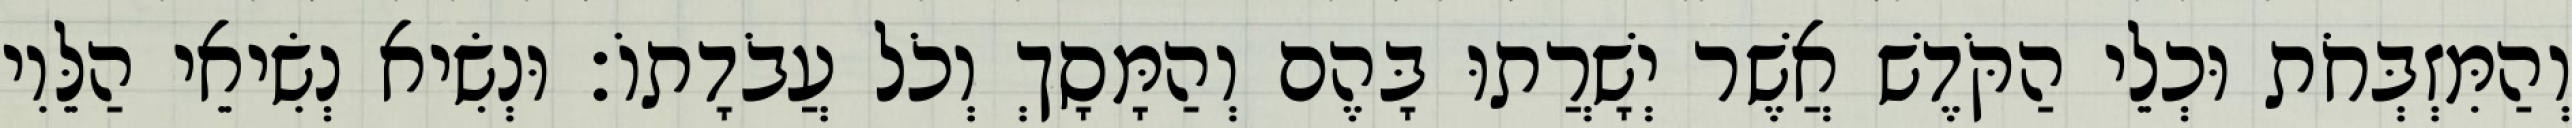
וְהַמִּזְבְּחֹת וּכְלֵי הַקֹּדֶשׁ אֲשֶׁר יְשָׁרֲתוּ בָּהֶם וְהַמָּסָךְ וְכֹל עֲבֹדָתוֹ׃ וּנְשִׂיא נְשִׂיאֵי הַלֵּוִי